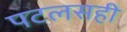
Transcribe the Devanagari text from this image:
पटलसही